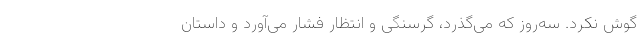
گوش نکرد. سه‌روز که می‌گذرد، گرسنگی و انتظار فشار می‌آورد و داستان